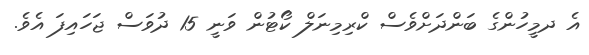
އެ ދމީހުންގެ ބަންދަށްވެސް ކްރިމިނަލް ކޯޓުން ވަނީ 15 ދުވަސް ޖަހައިފަ އެވެ.